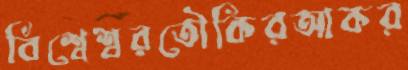
বিশ্বেশ্বরতৌকিরআকর